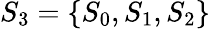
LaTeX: {{S}_{3}}=\left\{ {{S}_{0}},{{S}_{1}},{{S}_{2}}\right\}